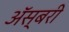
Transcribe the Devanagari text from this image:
ॲस्बरी